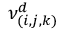
\nu _ { ( i , j , k ) } ^ { d }